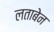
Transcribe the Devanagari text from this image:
लताबेन